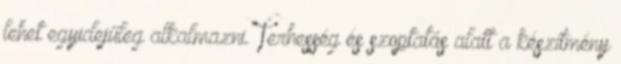
lehet egyidejűleg alkalmazni. Terhesség és szoptatás alatt a készítmény